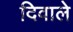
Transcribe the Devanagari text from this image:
दिवाले